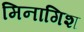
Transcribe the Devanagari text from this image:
मिनागिश